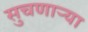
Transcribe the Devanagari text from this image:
सुचणार्‍या